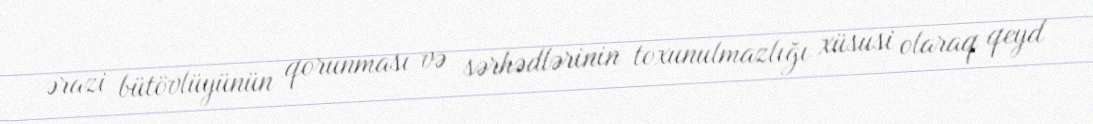
ərazi bütövlüyünün qorunması və sərhədlərinin toxunulmazlığı xüsusi olaraq qeyd